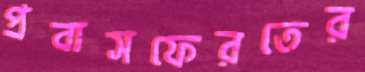
প্রবাসফেরতের